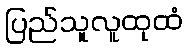
ပြည်သူလူထုထံ